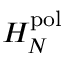
H _ { N } ^ { \mathrm { p o l } }